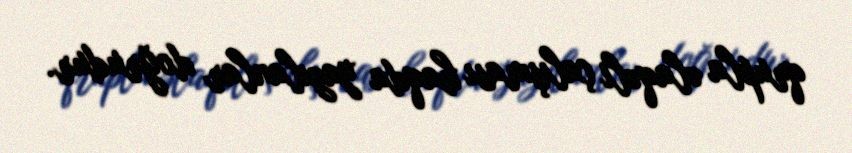
qrupla əlaqəli çalışması haqda yazılanlar doğrudur.